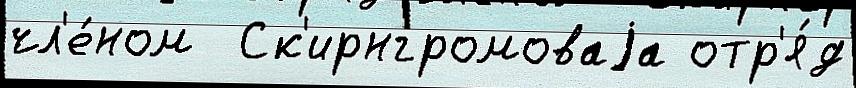
чл'е́ном  Ск'ирнгромоваjа отр'я́д